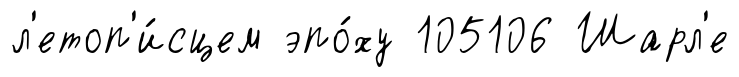
л'етоп'и́сцем эпо́ху 105106 Шарл'е